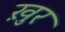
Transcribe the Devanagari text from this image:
ख़ुर